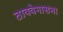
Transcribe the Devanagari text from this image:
ताबवेमासना